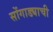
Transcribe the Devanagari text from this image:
सोंगाड्याची